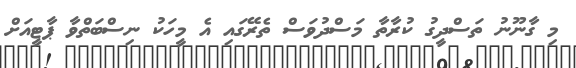
މި ގާނޫނު ތަސްދީގު ކުރާތާ މަސްދުވަސް ތެރޭގައި އެ މީހަކު ނިސްބަތްވާ ޕާޓީއަށް